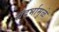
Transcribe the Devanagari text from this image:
संदर्भामुळे